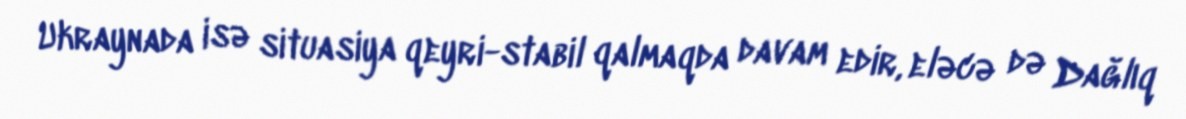
Ukraynada isə situasiya qeyri-stabil qalmaqda davam edir, eləcə də Dağlıq